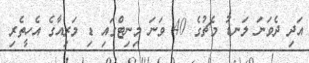
އަދި ދެވަނަ ލަނޑު މެޗުގެ 40 ވަނަ މިނިޓްގައި ޑި މަރިއާގެ އެހީތެރި